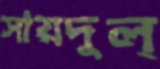
সায়দুল্